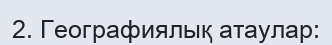
2. Географиялық атаулар: